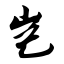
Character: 岂